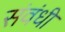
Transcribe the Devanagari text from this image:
संवंधी